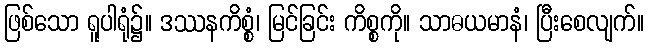
ဖြစ်သော ရူပါရုံ၌။ ဒဿနကိစ္စံ၊ မြင်ခြင်း ကိစ္စကို။ သာဓယမာနံ၊ ပြီးစေလျက်။